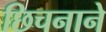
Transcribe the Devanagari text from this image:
छिचनाने